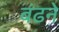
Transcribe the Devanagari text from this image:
बंढने